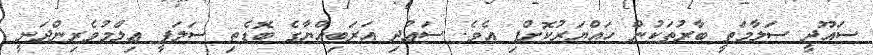
ސައޫދީ ސަލާމަތީ ބާރުތަކުން ހައްޔަރުކޮށްފި އެވެ. ސަޢުދި އަރަބިއްޔާގެ ބޮޑެތި ސަލަފީ ޢިލްމުވެރިންދަނީ